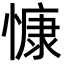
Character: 慷